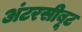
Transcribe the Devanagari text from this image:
अंटरसीबूट